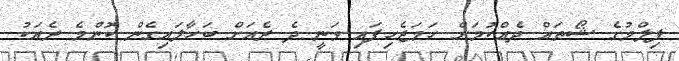
ފިލްމުގެ ޝޯތައް ދެއްކުމަށް ހަމަޖެހިފައި ވަނީ ދެ ރެއަށް ބަހާލައިގެން ކޮންމެ ރެއަކު